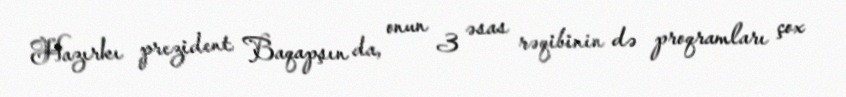
Hazırkı prezident Baqapşın da, onun 3 əsas rəqibinin də proqramları çox